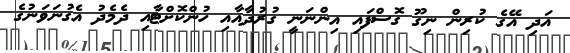
އަދި އޭގެ ކުރިން ނިގޫ ގޮސްފައި އިންނަނީ ގުރުދާއާއި ހުންކޮށްޓާއި ދެމެދު އެގުނަވަނުގެ